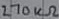
Text: 270kΩ